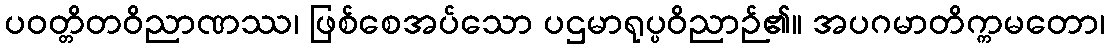
ပဝတ္တိတဝိညာဏဿ၊ ဖြစ်စေအပ်သော ပဌမာရုပ္ပဝိညာဉ်၏။ အပဂမာတိက္ကမတော၊